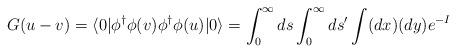
LaTeX: \begin{align*}G(u-v)=\langle 0| \phi^{\dagger}\phi(v)\phi^{\dagger}\phi (u)|0\rangle =\int_0^{\infty}ds\int_0^{\infty}ds'\int (dx)(dy)e^{-I}\end{align*}